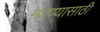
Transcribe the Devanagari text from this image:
मरण्यासाठी